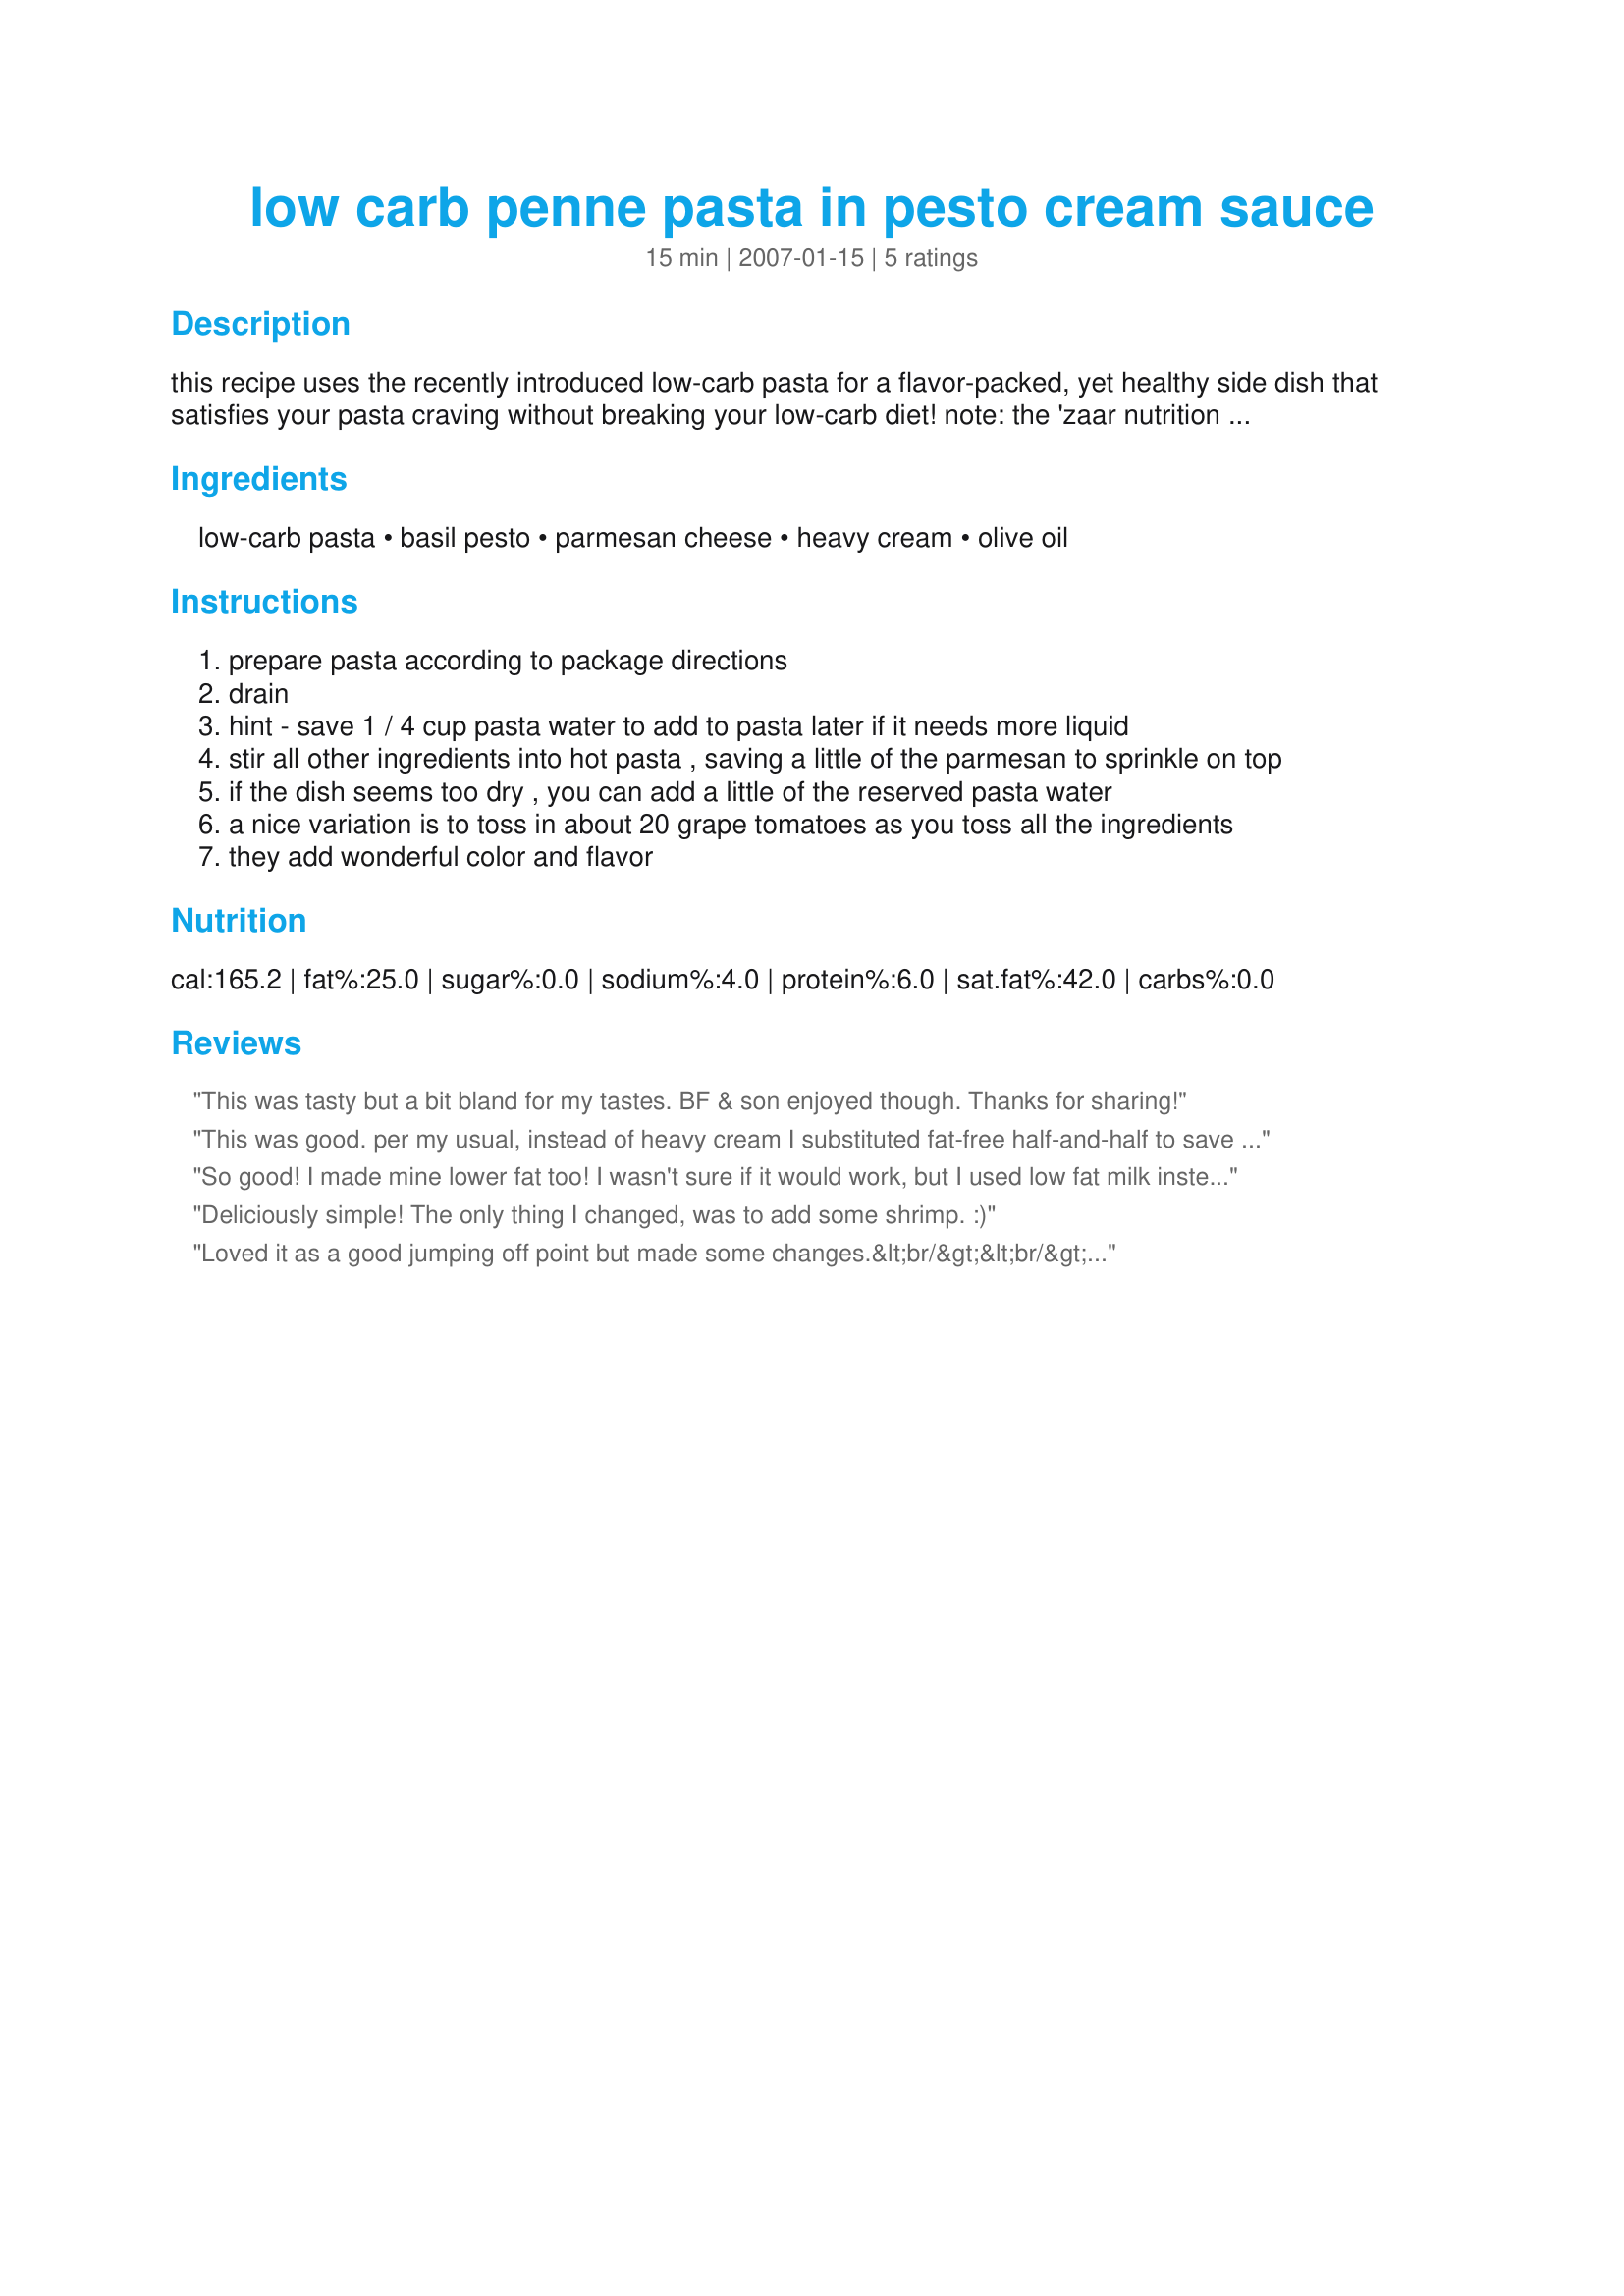
low carb penne pasta in pesto cream sauce
Preparation time: 15 minutes

this recipe uses the recently introduced low-carb pasta for a flavor-packed, yet healthy side dish that satisfies your pasta craving without breaking your low-carb diet! note: the 'zaar nutrition chart doesn't recognize "low-carb" pasta, so be sure to add the number of carb grams shown on your pasta box. for example, my brand contains 5 g. net carbs, so my corrected total is 7.5 g. net carbs in each serving.

Ingredients:
low-carb pasta, basil pesto, parmesan cheese, heavy cream, olive oil

Steps:
prepare pasta according to package directions
drain
hint - save 1 / 4 cup pasta water to add to pasta later if it needs more liquid
stir all other ingredients into hot pasta , saving a little of the parmesan to sprinkle on top
if the dish seems too dry , you can add a little of the reserved pasta water
a nice variation is to toss in about 20 grape tomatoes as you toss all the ingredients
they add wonderful color and flavor

Reviews:
This was tasty but a bit bland for my tastes. BF & son enjoyed though. Thanks for sharing!
This was good. per my usual, instead of heavy cream I substituted fat-free half-and-half to save some calories and fat. I LOVED it. Thanks for sharing!
So good! I made mine lower fat too! I wasn't sure if it would work, but I used low fat milk instead of heavy cream. I'm sure it didn't turn out as rich and creamy, but the sauce still came together nicely. I really like that you just dump everything into the same pot and a few minutes later you have pasta with pesto sauce. Great recipe!
Deliciously simple! The only thing I changed, was to add some shrimp. :)
Loved it as a good jumping off point but made some changes.&lt;br/&gt;&lt;br/&gt;I cooked one pound of large shrimp in light butter and garlic. Added the basil pesto, a can of Italian style diced tomatoes, 1/2 cup of Parmesan and 1/2 cup of Romano cheese, a few shakes of Italian seasoning, a few dashes of Frank&#039;s red hot and used FF Half n half instead of the heavy cream. I cooked all of this together and simmer until thicken and added to the cooked penne. My husband quite nearly licked the plate clean. Will definitely be making this again. Will try with chicken next time.
